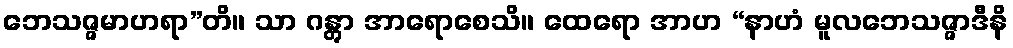
ဘေသဇ္ဇမာဟရာ”တိ။ သာ ဂန္တွာ အာရောစေသိ။ ထေရော အာဟ “နာဟံ မူလဘေသဇ္ဇာဒီနိ